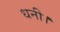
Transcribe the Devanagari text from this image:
धनी।